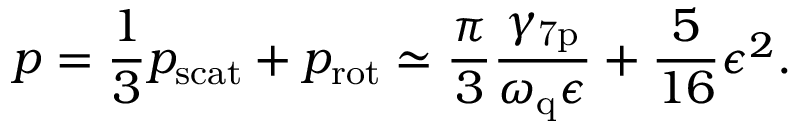
p = \frac { 1 } { 3 } p _ { \mathrm { s c a t } } + p _ { \mathrm { r o t } } \simeq \frac { \pi } { 3 } \frac { \gamma _ { \mathrm { 7 p } } } { \omega _ { \mathrm { q } } \epsilon } + \frac { 5 } { 1 6 } \epsilon ^ { 2 } .